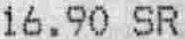
16.90 SR